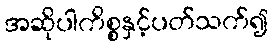
အဆိုပါကိစ္စနှင့်ပတ်သက်၍